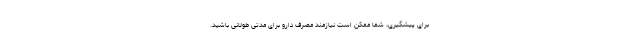
برای پیشگیری، شما ممکن است نیازمند مصرف دارو برای مدتی طولانی باشید.